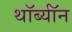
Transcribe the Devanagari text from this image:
थॉर्ब्यॉन